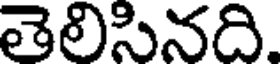
తెలిసినది.